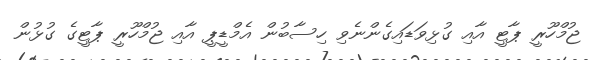
ޖުމްހޫރީ ޕާޓީ އާއި ގުޅިވަޑައިގެންނެވި ހިސާބުން އެމްޑީޕީ އާއި ޖުމްހޫރީ ޕާޓީގެ ގުޅުން